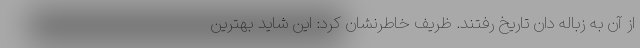
از آن به زباله دان تاریخ رفتند. ظریف خاطرنشان کرد: این شاید بهترین